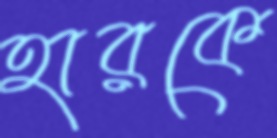
হারকে